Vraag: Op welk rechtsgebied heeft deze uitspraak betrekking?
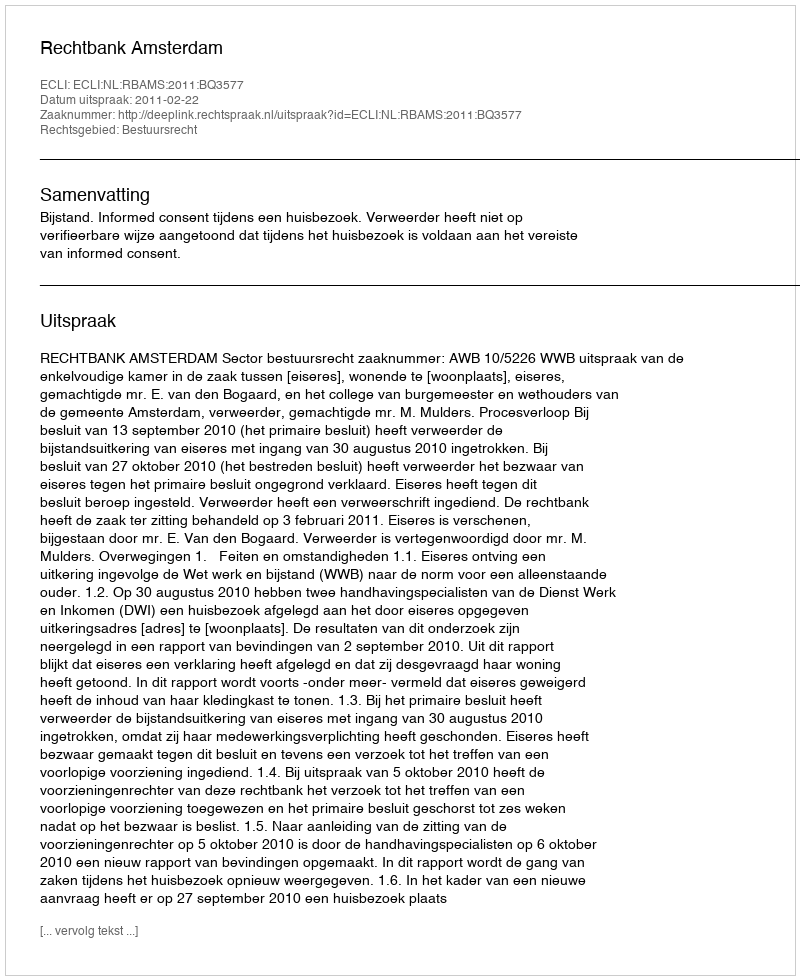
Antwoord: Bestuursrecht